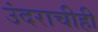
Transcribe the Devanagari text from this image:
उंदराचीही